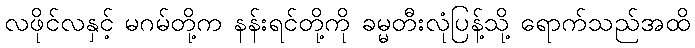
လဖိုင်လနှင့် မဂမ်တို့က နန်းရင်တို့ကို ခမ္မတီးလုံပြန့်သို့ ရောက်သည်အထိ